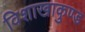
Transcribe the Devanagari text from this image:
विशाखाकुण्ड